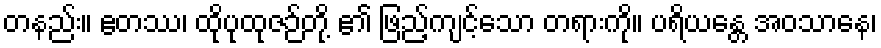
တနည်း။ ဧတဿ၊ ထိုပုထုဇဉ်တို့ ၏ ဖြည့်ကျင့်သော တရားကို။ ပရိယန္တေ အဝသာနေ၊